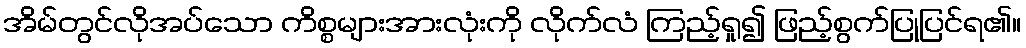
အိမ်တွင်လိုအပ်သော ကိစ္စများအားလုံးကို လိုက်လံ ကြည့်ရှု၍ ဖြည့်စွက်ပြုပြင်ရ၏။